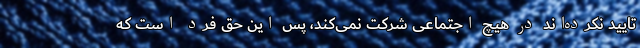
تایید نکرده‌اند در هیچ اجتماعی شرکت نمی‌کند، پس این حق فرد است که